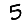
Digit: 5